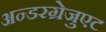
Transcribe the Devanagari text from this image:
अन्डरग्रेजुएट